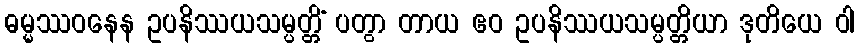
ဓမ္မဿဝနေန ဥပနိဿယသမ္ပတ္တိံ ပတွာ တာယ ဧဝ ဥပနိဿယသမ္ပတ္တိယာ ဒုတိယေ ဝါ